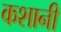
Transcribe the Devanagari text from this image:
कशानी